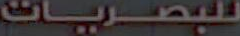
للبصريات